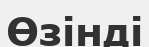
Өзінді